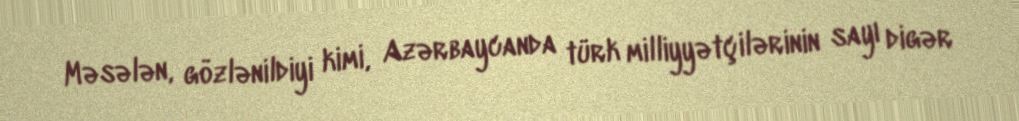
Məsələn, gözlənildiyi kimi, Azərbaycanda türk milliyyətçilərinin sayı digər